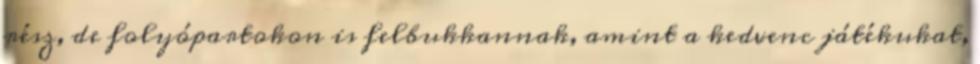
rész, de folyópartokon is felbukkannak, amint a kedvenc játékukat,